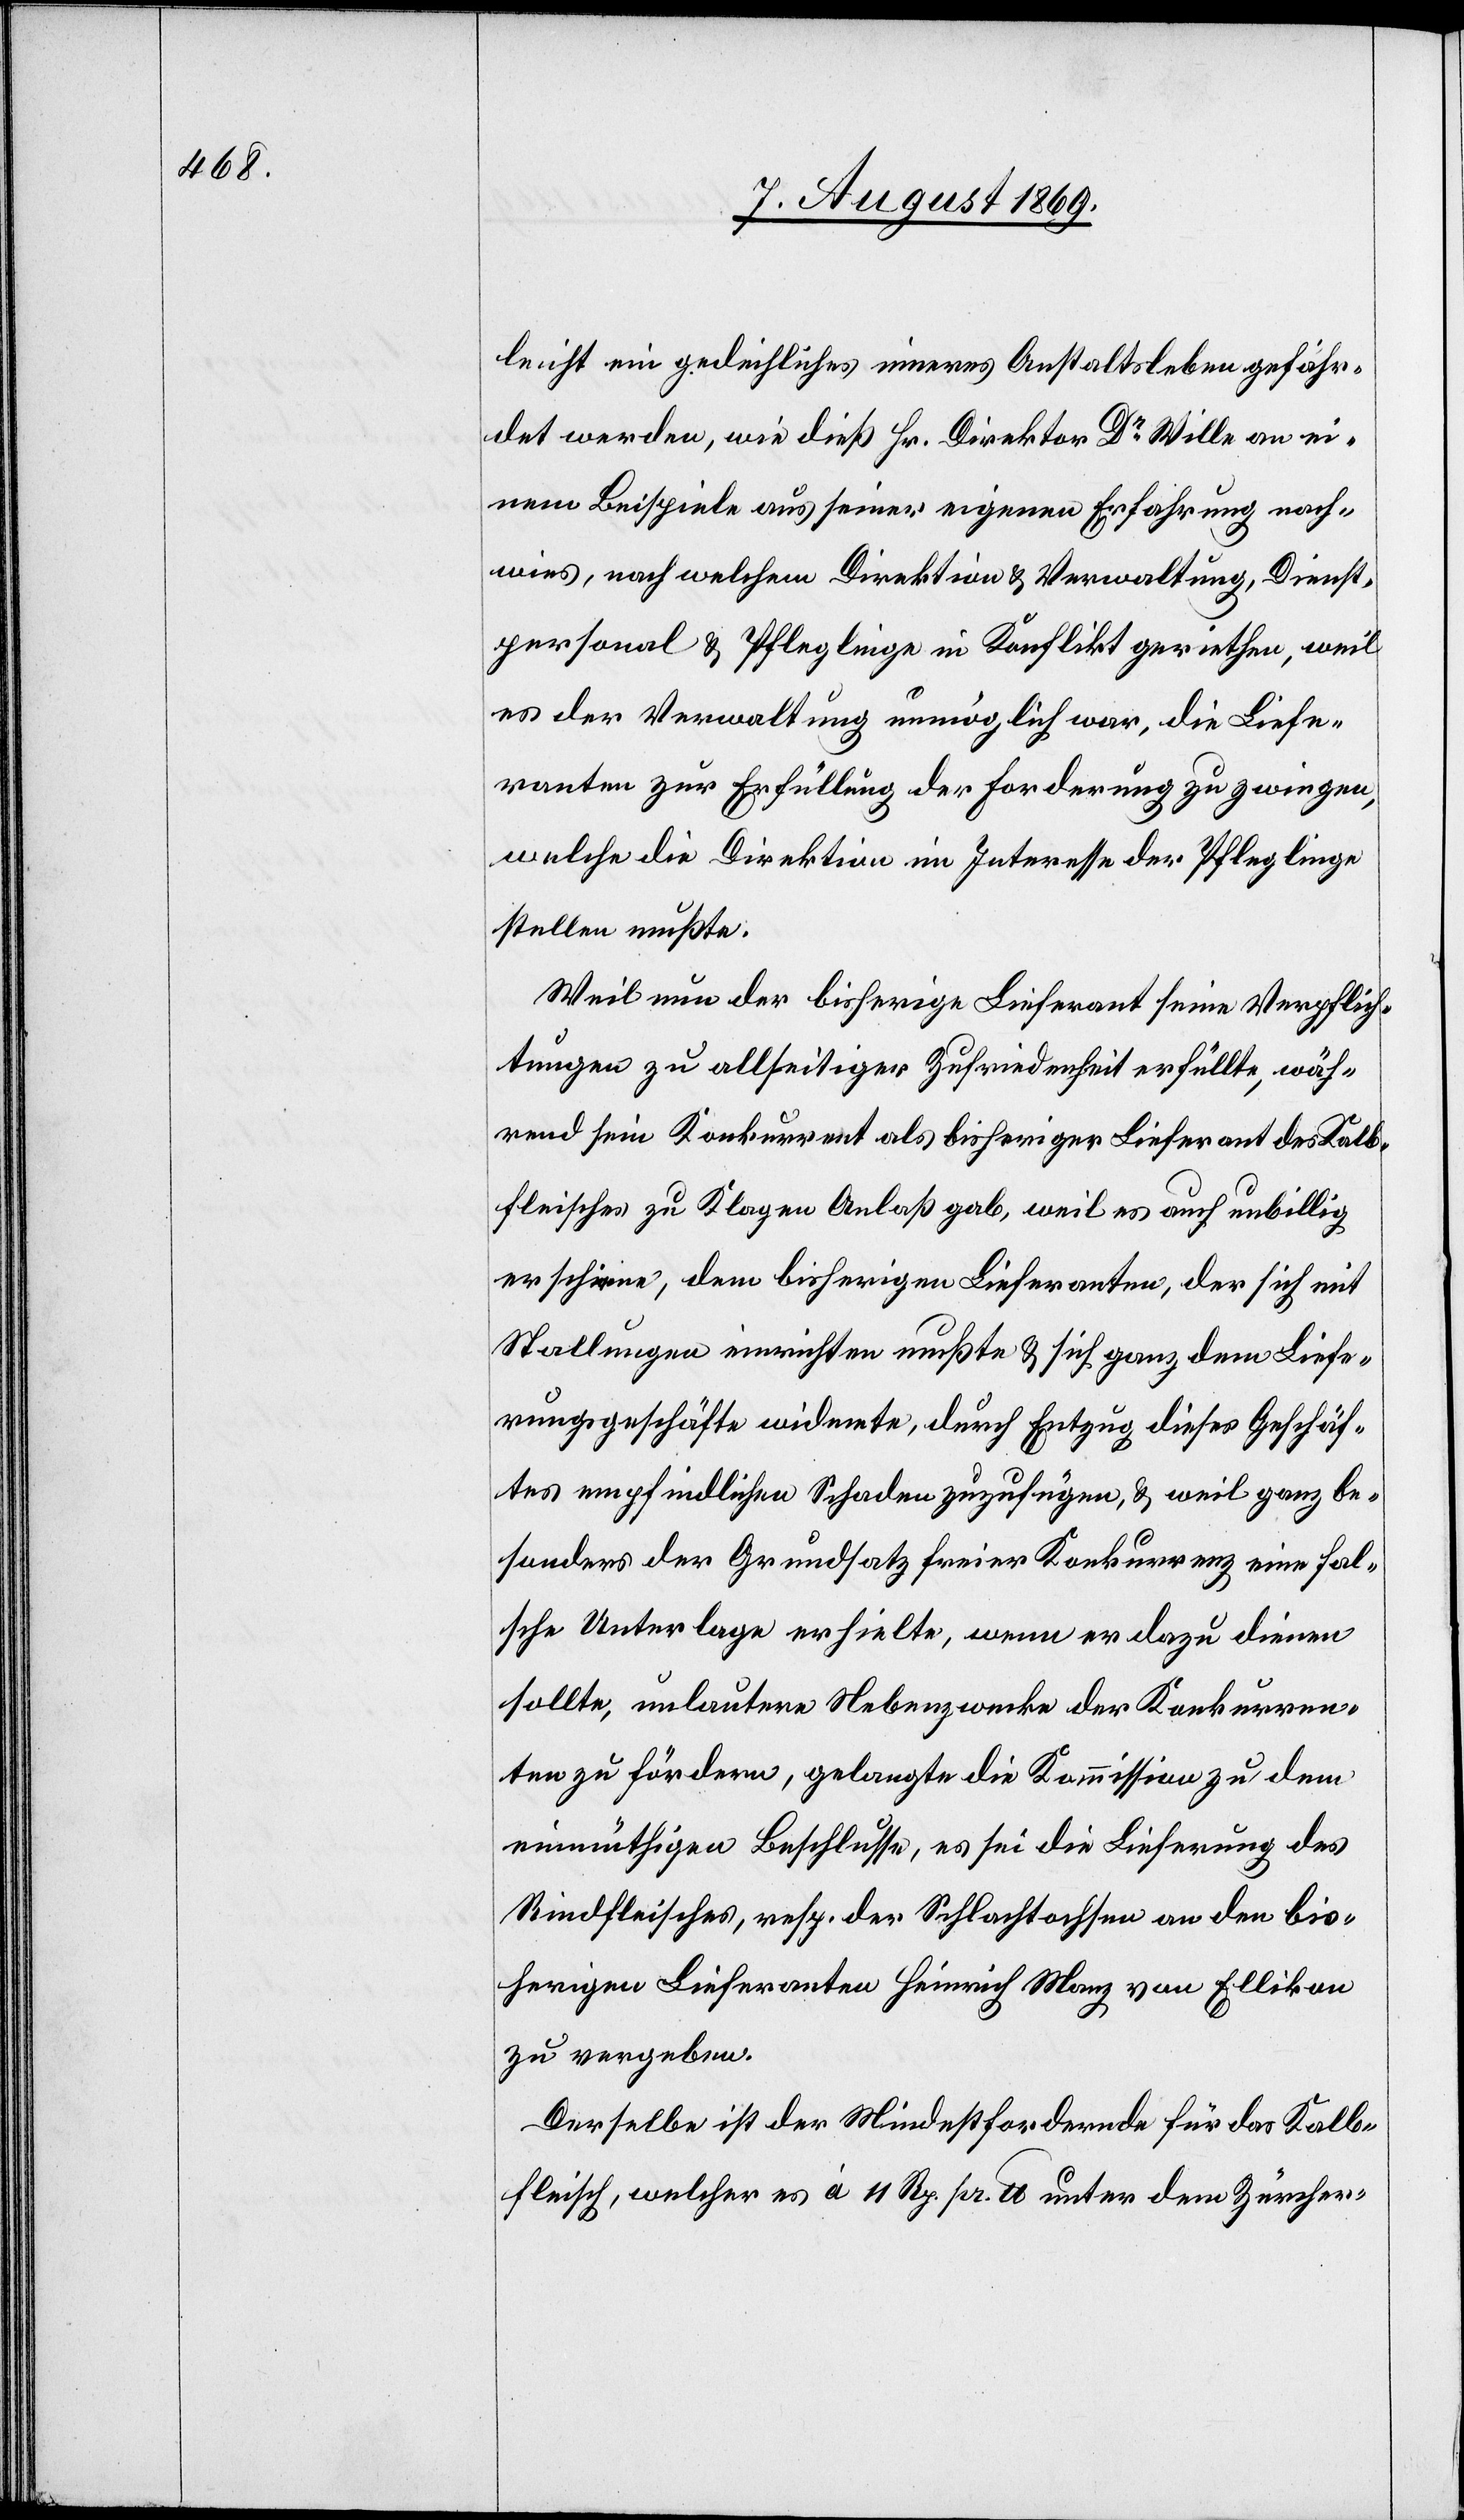
leicht ein gedeihliches inneres Anstaltsleben gefähr¬
det werden, wie dieß Hr. Direktor Dr Wille an ei¬
nem Beispiele aus seiner eigenen Erfahrung nach¬
wies, nach welchem Direktion & Verwaltung, Dienst¬
personal & Pfleglinge in Konflikt geriethen, weil
es der Verwaltung unmöglich war, die Liefe¬
ranten zur Erfüllung der Forderung zu zwingen,
welche die Direktion im Interesse der Pfleglinge
stellen mußte.
Weil nun der bisherige Lieferant seine Verpflich¬
tungen zu allseitiger Zufriedenheit erfüllte, wäh¬
rend sein Konkurrent als bisheriger Lieferant des Kalb¬
fleisches zu Klagen Anlaß gab, weil es auch unbillig
erschiene, dem bisherigen Lieferanten, der sich mit
Stallungen einrichten mußte & sich ganz dem Liefe¬
rungsgeschäfte widmete, durch Entzug dieses Geschäf¬
tes empfindlichen Schaden zuzufügen, & weil ganz be¬
sonders der Grundsatz freier Konkurrenz eine sol¬
che Unterlage erhielte, wenn er dazu dienen
sollte, unlautere Nebenzwecke der Konkurren¬
ten zu fördern, gelangte die Kommission zu dem
einmüthigen Beschlusse, es sei die Lieferung des
Rindfleisches, resp. der Schlachtochsen an den bis¬
herigen Lieferanten Heinrich Manz von Ellikon
zu vergeben.
Derselbe ist der Mindestfordernde für das Kalb¬
fleisch, welcher es à 11 Rp. pr. lb. unter dem Zürcher-